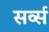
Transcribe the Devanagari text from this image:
सर्व्स